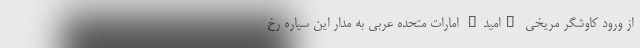
از ورود کاوشگر مریخی "امید" امارات متحده عربی به مدار این سیاره رخ